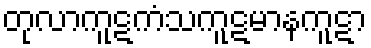
တုလာကူဋကံသကူဋမာနကူဋာ